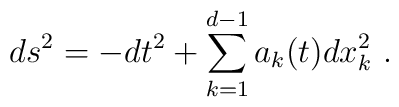
ds^{2} = - dt^{2} + \sum_{k=1}^{d-1} a_{k}(t) dx^{2}_{k}\ .